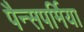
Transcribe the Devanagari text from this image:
पैन्सपर्मिया